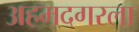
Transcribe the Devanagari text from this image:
अहमदगरला